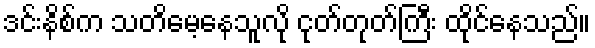
ဒင်းနိစ်က သတိမေ့နေသူလို ငုတ်တုတ်ကြီး ထိုင်နေသည်။